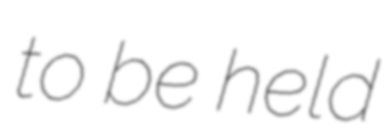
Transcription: to be held